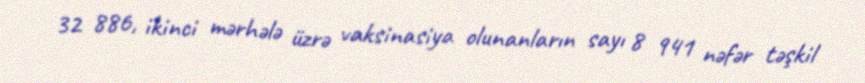
32 886, ikinci mərhələ üzrə vaksinasiya olunanların sayı 8 941 nəfər təşkil